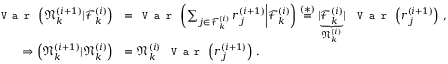
\begin{array} { r l } { \texttt { V a r } \left( \mathfrak { N } _ { k } ^ { ( i + 1 ) } | \mathcal { F } _ { k } ^ { ( i ) } \right) } & { = \texttt { V a r } \left( \sum _ { j \in \mathcal { F } _ { k } ^ { ( i ) } } r _ { j } ^ { ( i + 1 ) } \bigg | \mathcal { F } _ { k } ^ { ( i ) } \right) \stackrel { ( * ) } { = } \underbrace { | \mathcal { F } _ { k } ^ { ( i ) } | } _ { \mathfrak { N } _ { k } ^ { ( i ) } } ~ \texttt { V a r } \left( r _ { j } ^ { ( i + 1 ) } \right) \, , } \\ { \Rightarrow \left( \mathfrak { N } _ { k } ^ { ( i + 1 ) } | \mathfrak { N } _ { k } ^ { ( i ) } \right) } & { = \mathfrak { N } _ { k } ^ { ( i ) } ~ \texttt { V a r } \left( r _ { j } ^ { ( i + 1 ) } \right) \, . } \end{array}